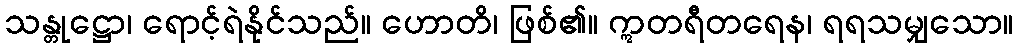
သန္တုဋ္ဌော၊ ရောင့်ရဲနိုင်သည်။ ဟောတိ၊ ဖြစ်၏။ ဣတရီတရေန၊ ရရသမျှသော။